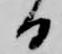
日